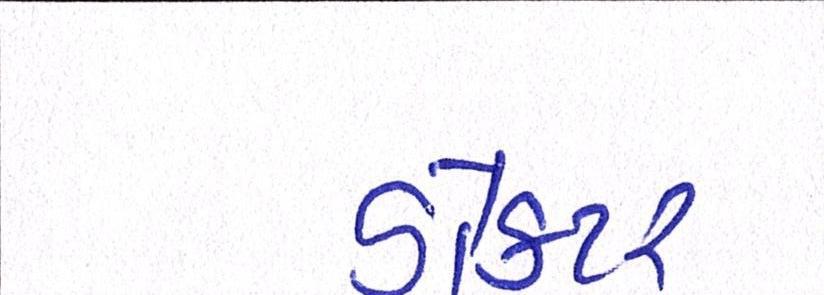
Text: ડૉક્ટર